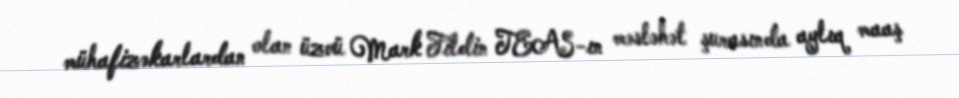
mühafizəkarlardan olan üzvü Mark Fildin TEAS-ın məsləhət şurasında aylıq maaş